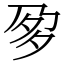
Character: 㚉